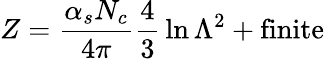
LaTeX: Z={\frac{\alpha_{s}N_{c}}{4\pi}}{\frac{4}{3}}\ln\Lambda^{2}+\mathrm{finite}